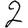
Digit: 2